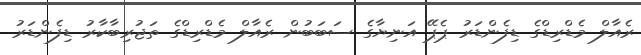
ރެއާލް މެޑްރިޑްގެ ޑިފެންޑަރު ޕެޕޭ އަނިޔާގެ ސަބަބުން ރެއާލް މެޑްރިޑްގެ ތަޖުރިބާކާރު ޑިފެންޑަރު